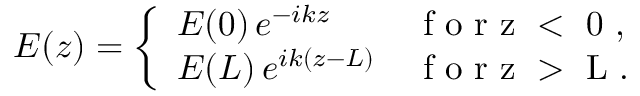
E ( z ) = \left\{ \begin{array} { l l } { E ( 0 ) \, e ^ { - i k z } } & { \mathrm { ~ f ~ o ~ r ~ z ~ < ~ 0 ~ } , } \\ { E ( L ) \, e ^ { i k ( z - L ) } } & { \mathrm { ~ f ~ o ~ r ~ z ~ > ~ L ~ } . } \end{array} \right.